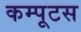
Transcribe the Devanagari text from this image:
कम्पूटस